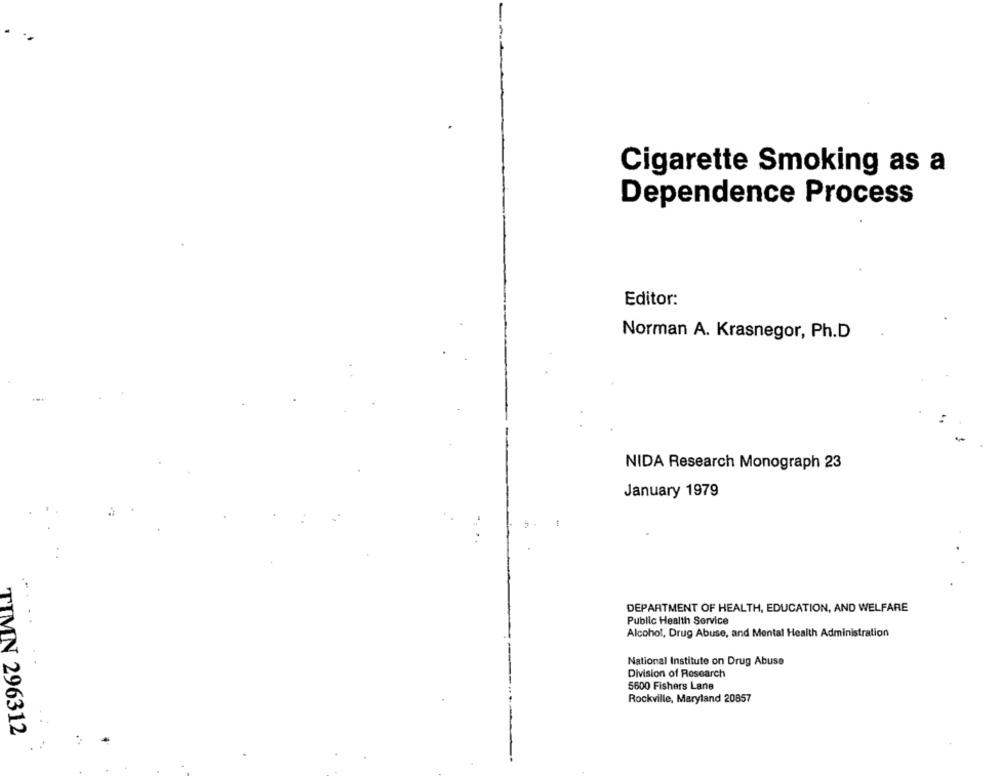
Cigarette Smoking as a
Dependence Process
Editor:
Norman A. Krasnegor, Ph.D
NIDA Research Monograph 23
January 1979
DEPARTMENT OF HEALTH, EDUCATION, AND WELFARE
Public Health Service
Alcohol, Drug Abuse, and Mental Health Administration
National Institute on Drug Abuse
Division of Research
5600 Fishers Lane
Rockville, Maryland 20857
TIMN 296312